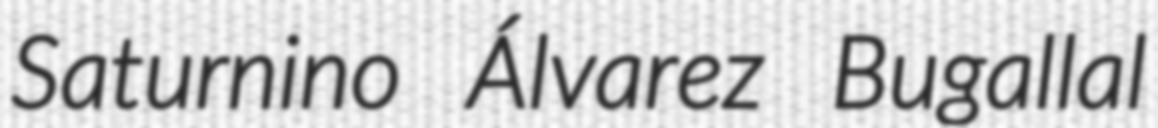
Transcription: Saturnino Álvarez Bugallal